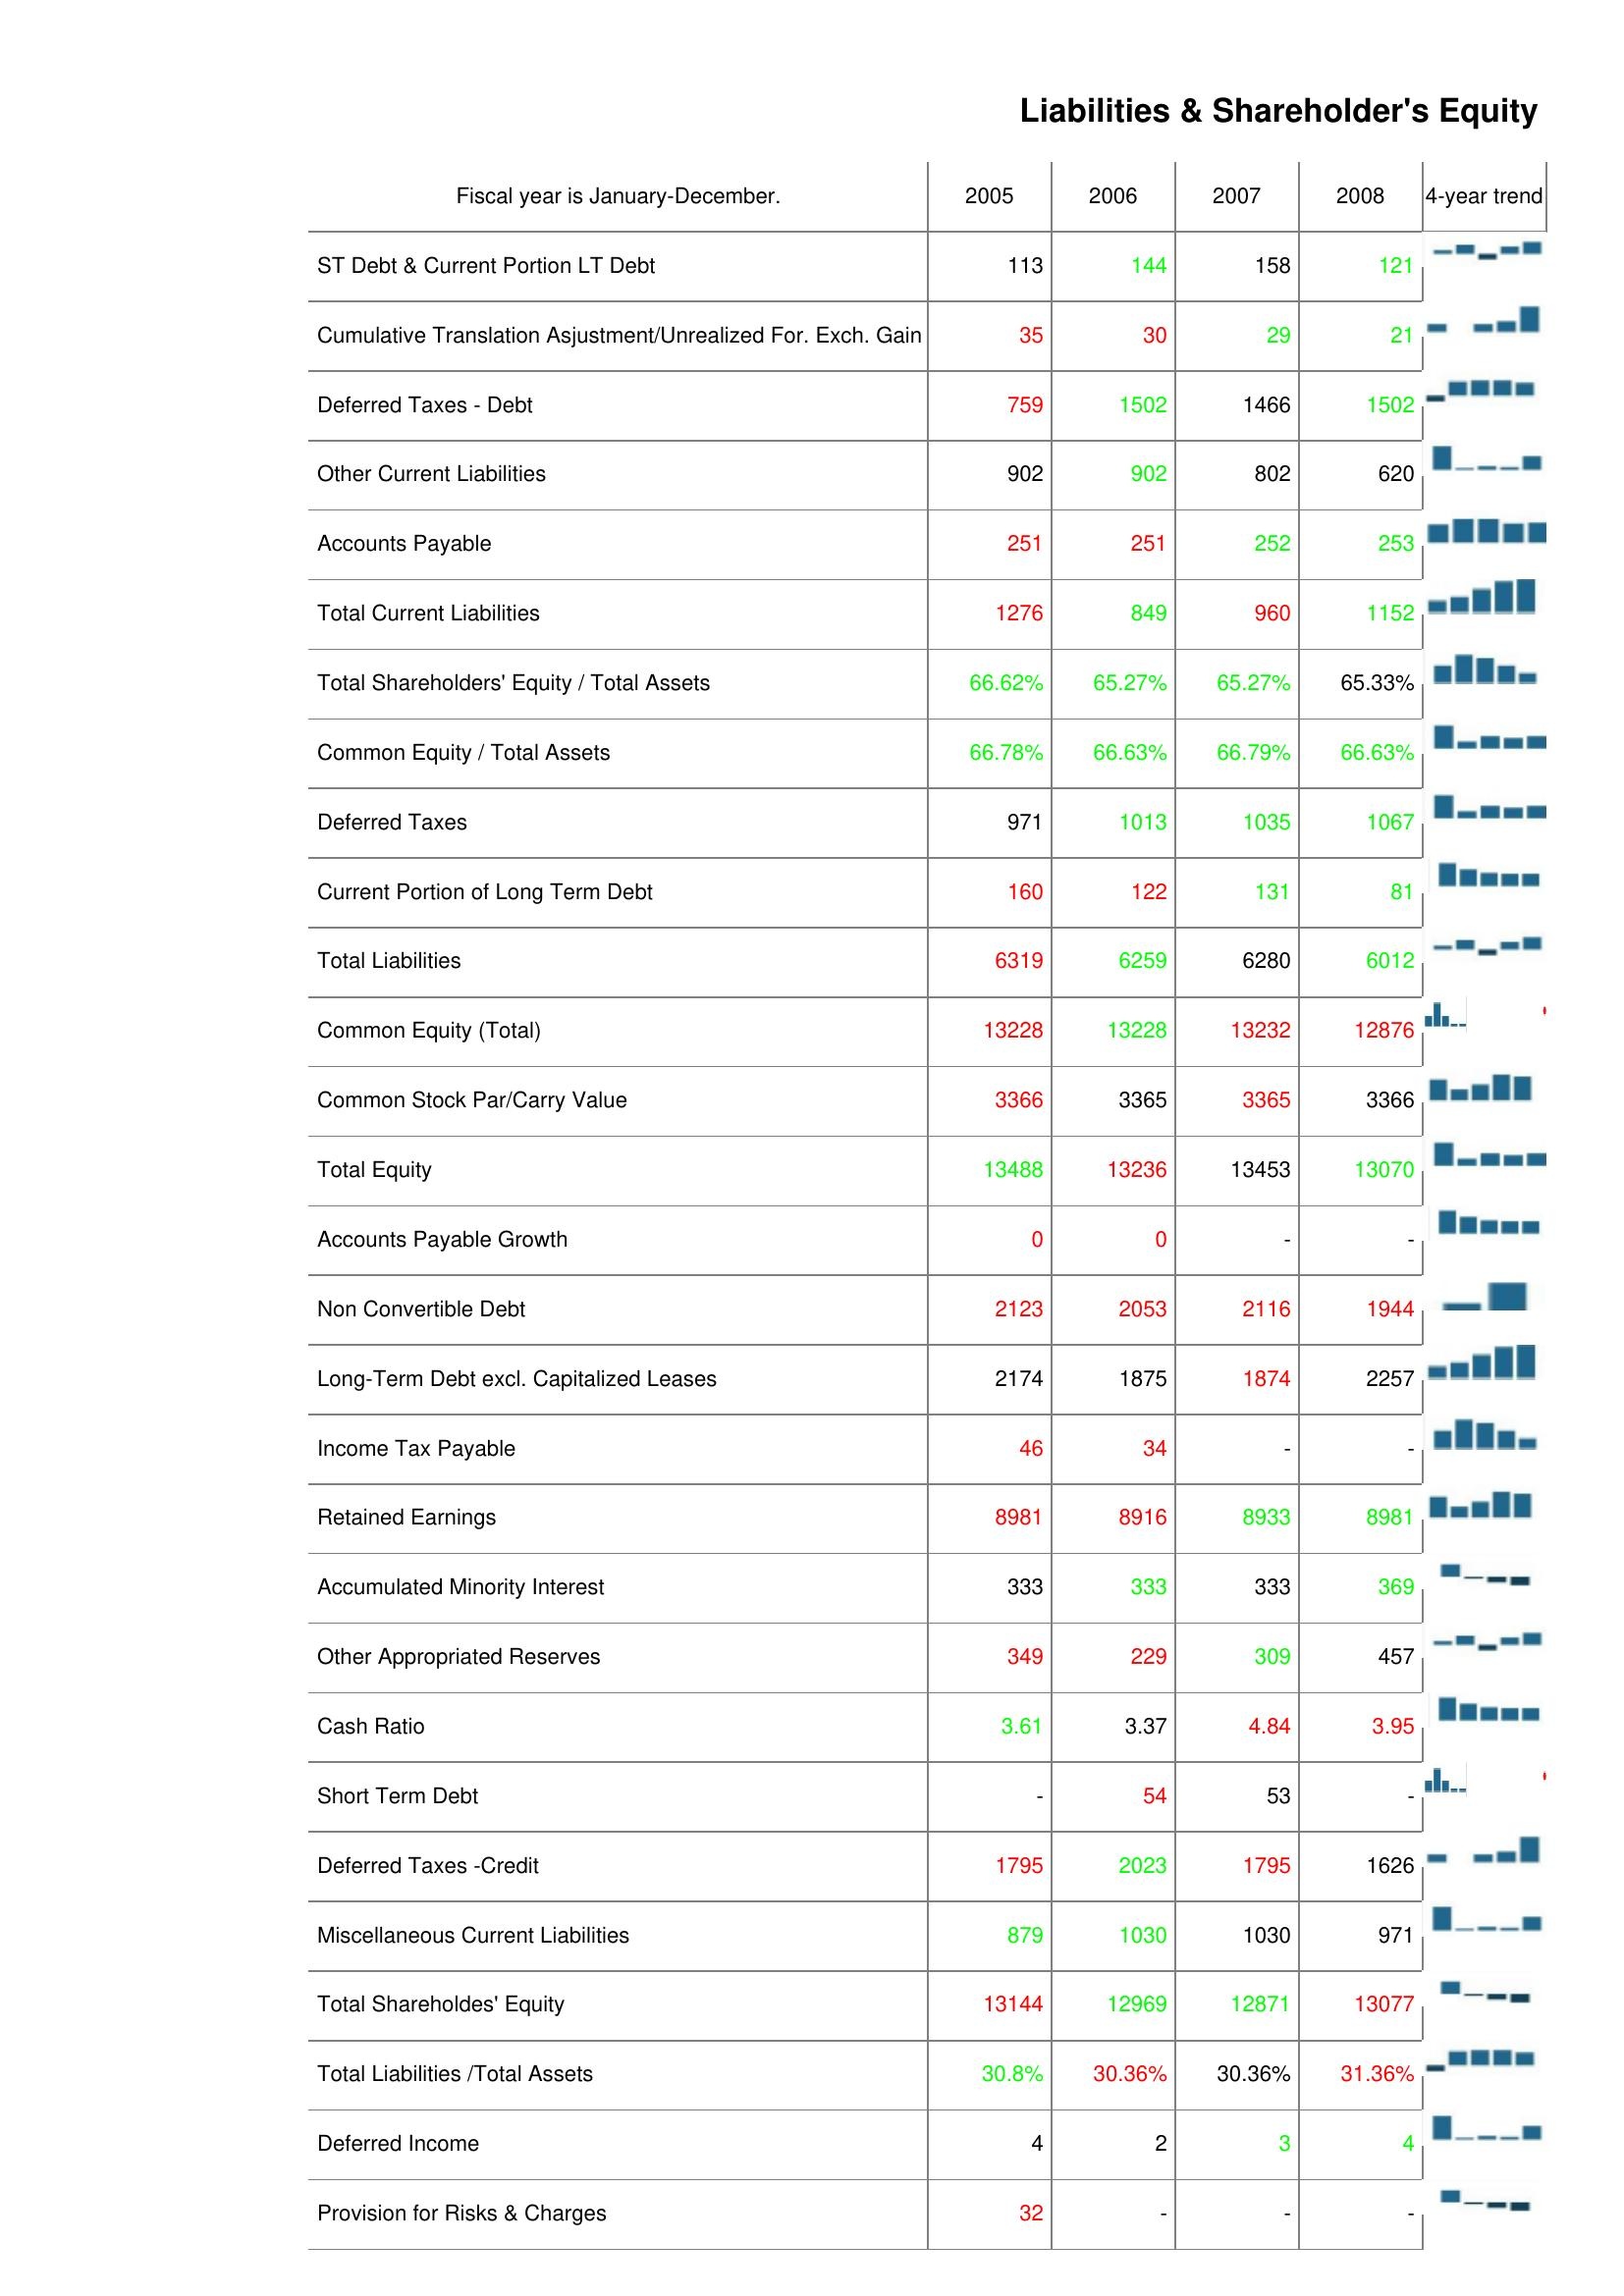
2005: Liabilities & Shareholder's Equity: ST Debt & Current Portion LT Debt: 113
Cumulative Translation Asjustment/Unrealized For. Exch. Gain: 35
Deferred Taxes - Debt: 759
Other Current Liabilities: 902
Accounts Payable: 251
Total Current Liabilities: 1276
Total Shareholders' Equity / Total Assets: 66.62%
Common Equity / Total Assets: 66.78%
Deferred Taxes: 971
Current Portion of Long Term Debt: 160
Total Liabilities: 6319
Common Equity (Total): 13228
Common Stock Par/Carry Value: 3366
Total Equity: 13488
Accounts Payable Growth: 0
Non Convertible Debt: 2123
Long-Term Debt excl. Capitalized Leases: 2174
Income Tax Payable: 46
Retained Earnings: 8981
Accumulated Minority Interest: 333
Other Appropriated Reserves: 349
Cash Ratio: 3.61
Short Term Debt: -
Deferred Taxes -Credit: 1795
Miscellaneous Current Liabilities: 879
Total Shareholdes' Equity: 13144
Total Liabilities /Total Assets: 30.8%
Deferred Income: 4
Provision for Risks & Charges: 32
2006: Liabilities & Shareholder's Equity: ST Debt & Current Portion LT Debt: 144
Cumulative Translation Asjustment/Unrealized For. Exch. Gain: 30
Deferred Taxes - Debt: 1502
Other Current Liabilities: 902
Accounts Payable: 251
Total Current Liabilities: 849
Total Shareholders' Equity / Total Assets: 65.27%
Common Equity / Total Assets: 66.63%
Deferred Taxes: 1013
Current Portion of Long Term Debt: 122
Total Liabilities: 6259
Common Equity (Total): 13228
Common Stock Par/Carry Value: 3365
Total Equity: 13236
Accounts Payable Growth: 0
Non Convertible Debt: 2053
Long-Term Debt excl. Capitalized Leases: 1875
Income Tax Payable: 34
Retained Earnings: 8916
Accumulated Minority Interest: 333
Other Appropriated Reserves: 229
Cash Ratio: 3.37
Short Term Debt: 54
Deferred Taxes -Credit: 2023
Miscellaneous Current Liabilities: 1030
Total Shareholdes' Equity: 12969
Total Liabilities /Total Assets: 30.36%
Deferred Income: 2
Provision for Risks & Charges: -
2007: Liabilities & Shareholder's Equity: ST Debt & Current Portion LT Debt: 158
Cumulative Translation Asjustment/Unrealized For. Exch. Gain: 29
Deferred Taxes - Debt: 1466
Other Current Liabilities: 802
Accounts Payable: 252
Total Current Liabilities: 960
Total Shareholders' Equity / Total Assets: 65.27%
Common Equity / Total Assets: 66.79%
Deferred Taxes: 1035
Current Portion of Long Term Debt: 131
Total Liabilities: 6280
Common Equity (Total): 13232
Common Stock Par/Carry Value: 3365
Total Equity: 13453
Accounts Payable Growth: -
Non Convertible Debt: 2116
Long-Term Debt excl. Capitalized Leases: 1874
Income Tax Payable: -
Retained Earnings: 8933
Accumulated Minority Interest: 333
Other Appropriated Reserves: 309
Cash Ratio: 4.84
Short Term Debt: 53
Deferred Taxes -Credit: 1795
Miscellaneous Current Liabilities: 1030
Total Shareholdes' Equity: 12871
Total Liabilities /Total Assets: 30.36%
Deferred Income: 3
Provision for Risks & Charges: -
2008: Liabilities & Shareholder's Equity: ST Debt & Current Portion LT Debt: 121
Cumulative Translation Asjustment/Unrealized For. Exch. Gain: 21
Deferred Taxes - Debt: 1502
Other Current Liabilities: 620
Accounts Payable: 253
Total Current Liabilities: 1152
Total Shareholders' Equity / Total Assets: 65.33%
Common Equity / Total Assets: 66.63%
Deferred Taxes: 1067
Current Portion of Long Term Debt: 81
Total Liabilities: 6012
Common Equity (Total): 12876
Common Stock Par/Carry Value: 3366
Total Equity: 13070
Accounts Payable Growth: -
Non Convertible Debt: 1944
Long-Term Debt excl. Capitalized Leases: 2257
Income Tax Payable: -
Retained Earnings: 8981
Accumulated Minority Interest: 369
Other Appropriated Reserves: 457
Cash Ratio: 3.95
Short Term Debt: -
Deferred Taxes -Credit: 1626
Miscellaneous Current Liabilities: 971
Total Shareholdes' Equity: 13077
Total Liabilities /Total Assets: 31.36%
Deferred Income: 4
Provision for Risks & Charges: -